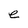
Character: e